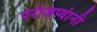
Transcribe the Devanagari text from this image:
परांजप्यांनी